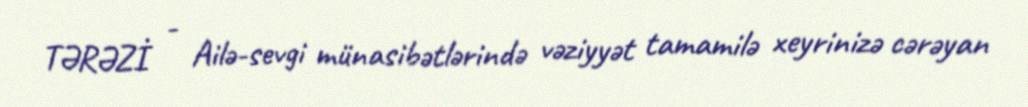
TƏRƏZİ - Ailə-sevgi münasibətlərində vəziyyət tamamilə xeyrinizə cərəyan